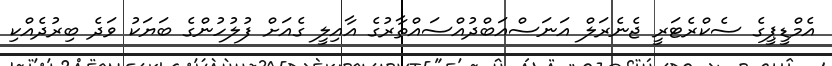
އެމްޑީޕީގެ ސެކްރެޓަރީ ޖެނެރަލް އަނަސްއަބްދުއްސައްތާރުގެ އާއިލީ ގެއަށް ފުލުހުންގެ ބަޔަކު ވަދެ ބިރުދެއްކި